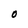
Character: O